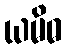
ယမိဓ